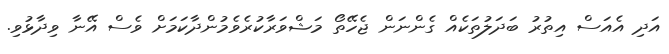
އަދި އެއަސް އިތުރު ބަދަލުތަކެއް ގެންނަން ޖެހޭތޯ މަޝްވަރާކުރެވެމުންދާކަމަށް ވެސް އޭނާ ވިދާޅުވި.